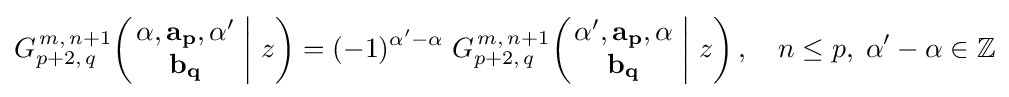
G_{p+2,\,q}^{\,m,\,n+1}\!\left(\left.{\begin{matrix}\alpha ,\mathbf {a_{p}} ,\alpha '\\\mathbf {b_{q}} \end{matrix}}\;\right|\,z\right)=(-1)^{\alpha '-\alpha }\;G_{p+2,\,q}^{\,m,\,n+1}\!\left(\left.{\begin{matrix}\alpha ',\mathbf {a_{p}} ,\alpha \\\mathbf {b_{q}} \end{matrix}}\;\right|\,z\right),\quad n\leq p,\;\alpha '-\alpha \in \mathbb {Z}